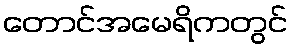
တောင်အမေရိကတွင်